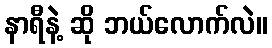
နာရီနဲ့ ဆို ဘယ်လောက်လဲ။